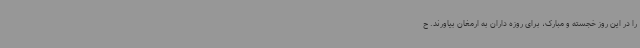
را در این روز خجسته و مبارک، برای روزه داران به ارمغان بیاورند. ح